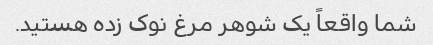
شما واقعاً یک شوهر مرغ نوک زده هستید.